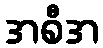
အစီအ